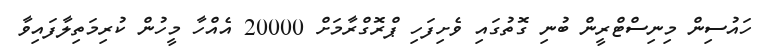
ހައުސިން މިނިސްޓްރީން ބުނި ގޮތުގައި ވެށިފަހި ޕްރޮގްރާމަށް 20000 އެއްހާ މީހުން ކުރިމަތިލާފައިވާ